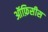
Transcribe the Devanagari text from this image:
ऑफ़िसीस